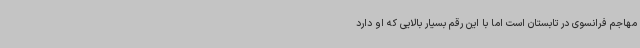
مهاجم فرانسوی در تابستان است اما با این رقم بسیار بالایی که او دارد